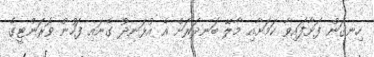
ހިނގަން ފަށާފައިވާ ކަމަށާއި މާލޭ ބަނދަރަށް އެ އުޅަނދު ގެނައި ފަހުން ވޮރަންޓީގެ